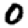
Digit: 0